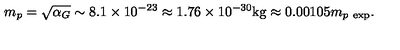
m _ { p } = \sqrt { \alpha _ { G } } \sim 8 . 1 \times 1 0 ^ { - 2 3 } \approx 1 . 7 6 \times 1 0 ^ { - 3 0 } \mathrm { k g } \approx 0 . 0 0 1 0 5 m _ { p \ \mathrm { e x p } } .